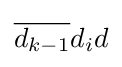
{\overline {d_{k-1}}}d_{i}d